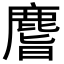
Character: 𪊨